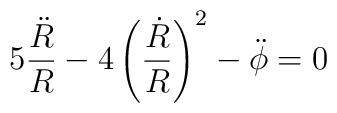
5 \frac{\ddot R}{R} -  4 \left(\frac{\dot R}{R}\right)^{2} - \ddot \phi = 0